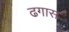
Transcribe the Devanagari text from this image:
ढगास